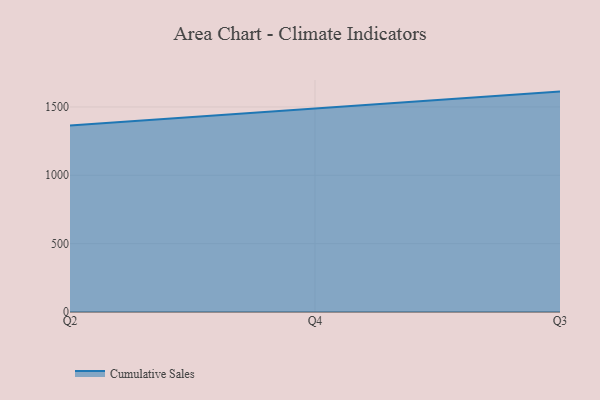
{"axis": {"x": "Quarter", "y": "LTV (USD)"}, "legend": ["Cumulative Sales"], "data": [{"x": "Q2", "y": 1364.7, "type": "Cumulative Sales"}, {"x": "Q4", "y": 1487.8, "type": "Cumulative Sales"}, {"x": "Q3", "y": 1612.1, "type": "Cumulative Sales"}]}